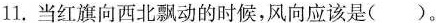
11.当红旗向西北飘动的时候，风向应该是( )。